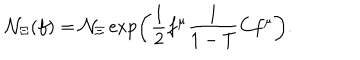
{ \cal N } _ { \Xi } ( f ) = { \cal N } _ { \Xi } \exp \left( \frac { 1 } { 2 } f ^ { \mu } \frac { 1 } { 1 - T } C f ^ { \mu } \right) .